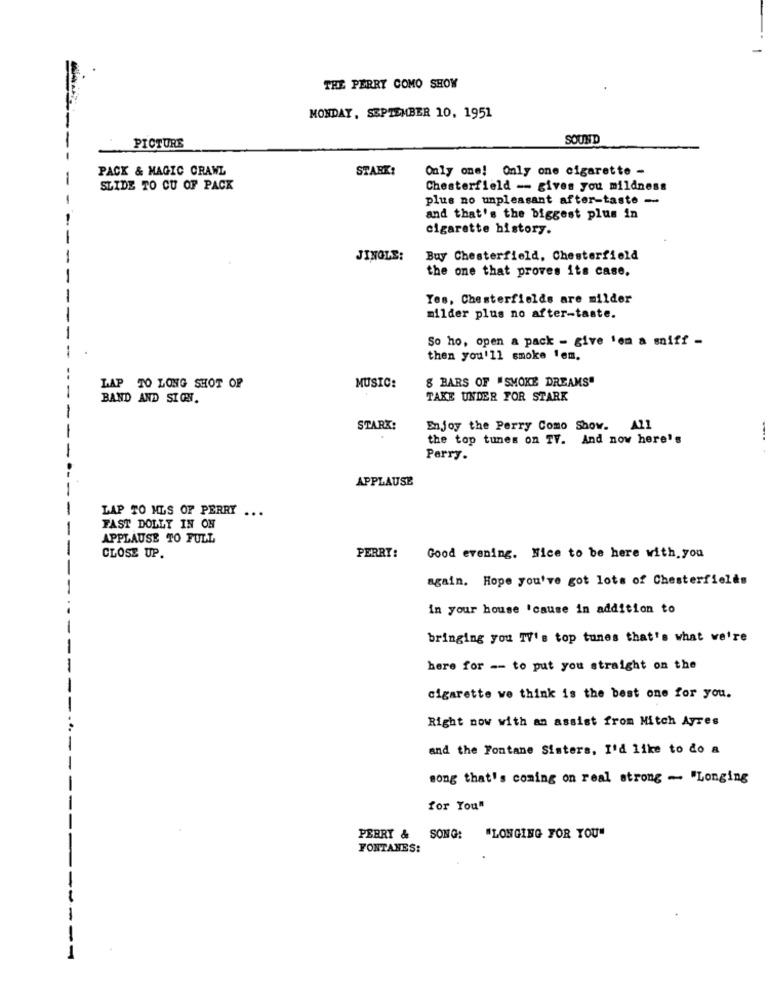
THE PERRY COMO SHOW
MONDAY, SEPTEMBER 10, 1951
SOUND
PICTURE
PACK & MAGIC CRAWL
STARK:
Only one! Only one cigarette -
SLIDE TO CU OF PACK
Chesterfield -- gives you mildness
plus no unpleasant after-taste -
and that's the biggest plus in
cigarette history.
JINGLE:
Buy Chesterfield, Chesterfield
the one that proves its case.
Yes, Chesterfields are milder
milder plus no after-taste.
So ho, open a pack - give 1om a sniff -
then you'll smoke 1em.
8 BARS OF "SMOKE DREAMS"
LAP TO LONG SHOT OF
MUSIC:
BAND AND SICHT.
TAKE UNDER FOR STARK
STARK:
Enjoy the Perry Como Show.
A11
the top tunes on TV. And now here's
Perry.
APPLAUSE
LAP TO MLS OF PERRY ...
FAST DOLLY IN ON
APPLAUSE TO FULL
CLOSE UP.
PERRY:
Good evening. Hice to be here with you
again. Hope you've got lots of Chesterfields
in your house 'cause in addition to
bringing you TV's top tunes that's what we're
here for -- to put you straight on the
cigarette we think is the best one for you.
Right now with an assist from Mitch Ayres
and the Fontane Sisters, I'd like to do a
song that's coming on real strong - "Longing
for You"
PERRY &
SONG: "LONGING FOR YOU"
FONTANES:
1